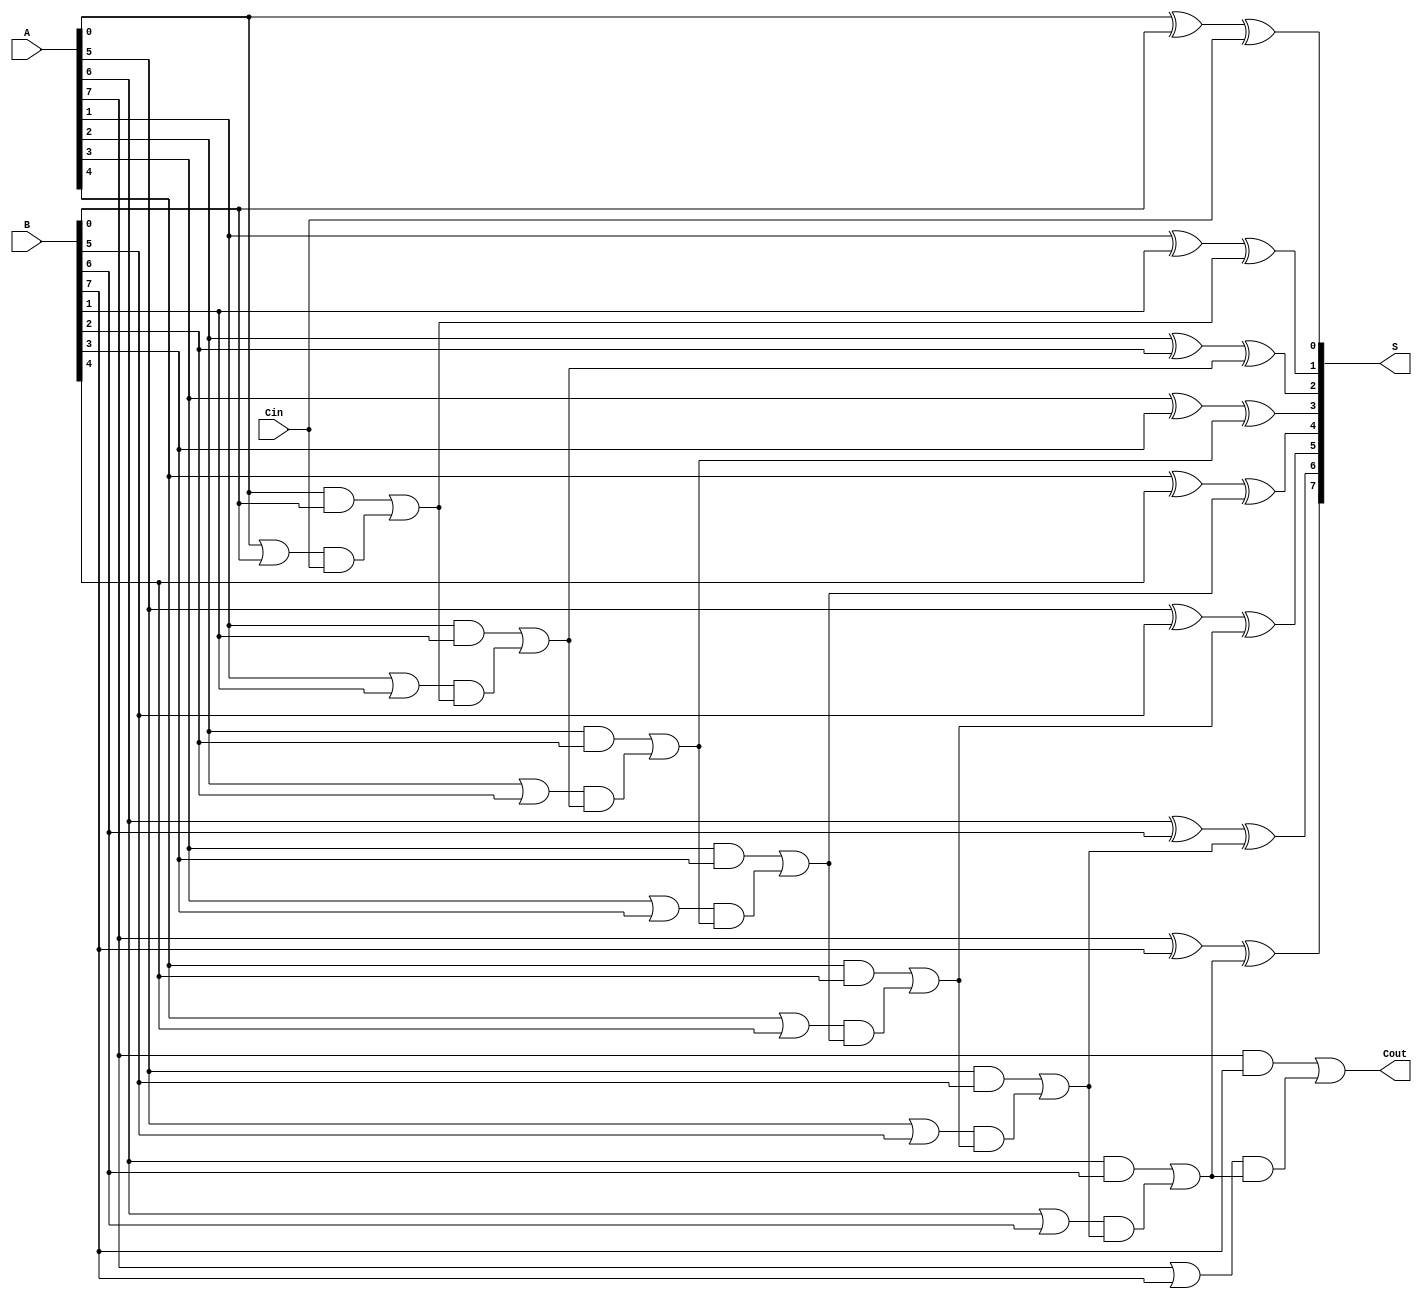
module ManchesterCarryChainAdder #(
    parameter N = 8  // Width of the adder
)(
    input  wire [N-1:0] A,     // First n-bit input
    input  wire [N-1:0] B,     // Second n-bit input
    input  wire Cin,            // Carry-in
    output wire [N-1:0] S,      // n-bit sum output
    output wire Cout            // Carry-out
);

    // Internal signals for carry generation and propagation
    wire [N-1:0] G;  // Generate signals
    wire [N-1:0] P;  // Propagate signals
    wire [N:0] C;    // Carry signals (C[0] = Cin)

    // Generate and propagate logic
    genvar i;
    generate
        for (i = 0; i < N; i = i + 1) begin : carry_logic
            assign G[i] = A[i] & B[i];          // Generate
            assign P[i] = A[i] | B[i];          // Propagate
        end
    endgenerate

    // Carry chain logic
    assign C[0] = Cin; // Initial carry-in
    generate
        for (i = 0; i < N; i = i + 1) begin : carry_chain
            assign C[i + 1] = G[i] | (P[i] & C[i]); // Carry-out
        end
    endgenerate

    // Sum calculation
    generate
        for (i = 0; i < N; i = i + 1) begin : sum_logic
            assign S[i] = A[i] ^ B[i] ^ C[i]; // Sum
        end
    endgenerate

    // Final carry-out
    assign Cout = C[N];

endmodule